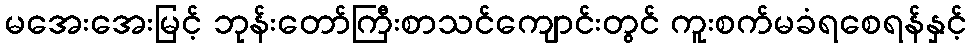
မအေးအေးမြင့် ဘုန်းတော်ကြီးစာသင်ကျောင်းတွင် ကူးစက်မခံရစေရန်နှင့်